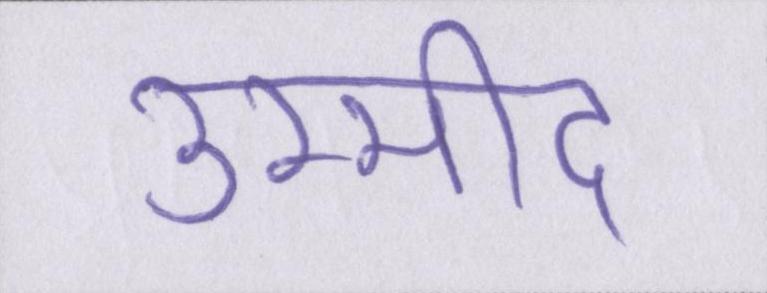
उम्मीद